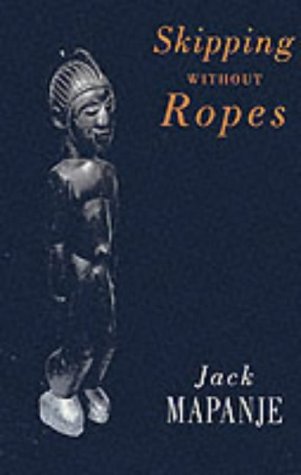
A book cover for Skipping Without Ropes; Jack Mapanje; Travel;